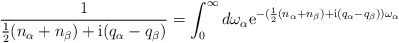
\begin{align*} \frac{1}{\frac{1}{2} (n_{\alpha}+n_{\beta})+\mathrm{i}(q_\alpha-q_\beta)} = \int_0^\infty d\omega_\alpha \mathrm{e}^{-( \frac{1}{2} (n_{\alpha}+n_{\beta})+\mathrm{i}(q_\alpha-q_\beta) )\omega_\alpha} \end{align*}